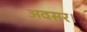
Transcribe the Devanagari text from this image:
अवसर।